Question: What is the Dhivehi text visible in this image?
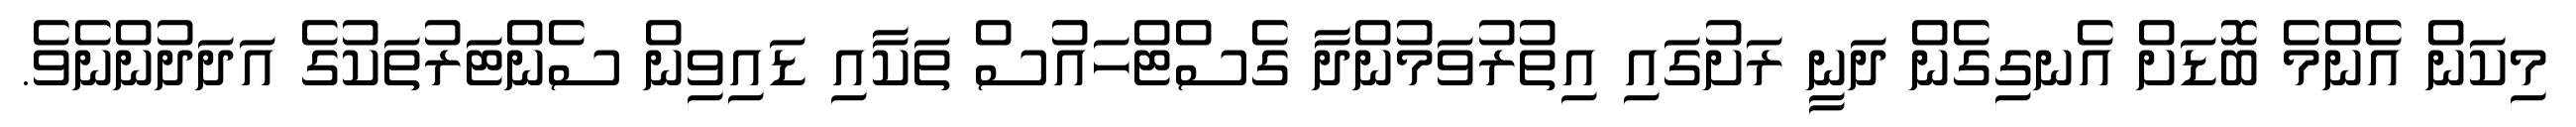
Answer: މިކަން އެންމެ ބޮޑަށް އެނގިގެން ދަނީ ރަށުގައި އިތުރުވަމުންދާ ގެސްޓްހައުސް ތަކާއި ޑައިވިން ސެންޓަރުތަކުގެ އަދަދުންނެވެ.